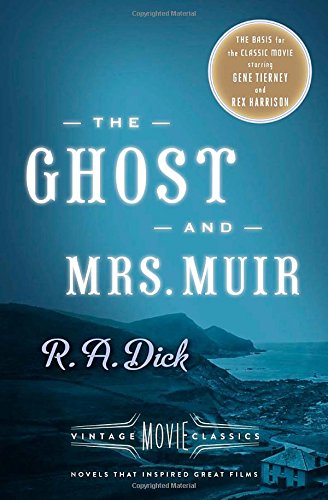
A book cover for The Ghost and Mrs. Muir: Vintage Movie Classics; R. A. Dick; Mystery, Thriller & Suspense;